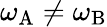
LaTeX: \omega_{\mathrm{A}}\ne\omega_{\mathrm{B}}